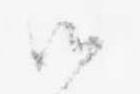
候